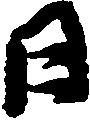
日